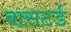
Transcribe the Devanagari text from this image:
बासटर्ड